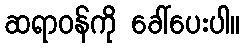
ဆရာဝန်ကို ခေါ်ပေးပါ။